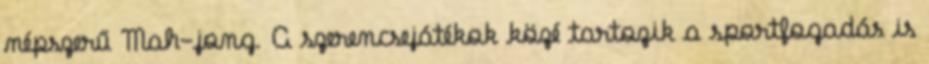
népszerű Mah-jong. A szerencsejátékok közé tartozik a sportfogadás is